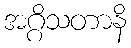
အဂ္ဂိသတာနိ